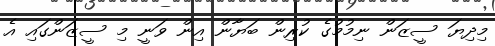
މިދިޔަ ސީޒަން ނިމުމުގެ ކުރިން ބަޔާން އިން ވަނީ މި ސީޒަންގައި އެ